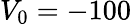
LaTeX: V_{\mathrm{0}}=-100